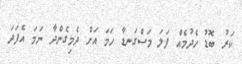
ކަރު ބޮޑު ހެދުމެއް ފަލަ މަސްގަނޑާ ހަމަ އަށް ދެމިގެންދާ ނަމަ އެފަދަ